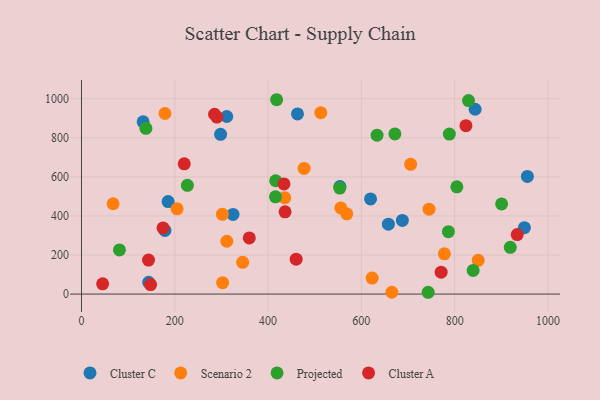
{"axis": {"x": "Price", "y": "Salary"}, "legend": ["Cluster A", "Cluster C", "Projected", "Scenario 2"], "data": [{"x": "144.1", "y": 59.9, "type": "Cluster C"}, {"x": "185.7", "y": 473.4, "type": "Cluster C"}, {"x": "619.7", "y": 487.4, "type": "Cluster C"}, {"x": "843.9", "y": 946.4, "type": "Cluster C"}, {"x": "687.9", "y": 377.3, "type": "Cluster C"}, {"x": "554.0", "y": 550.8, "type": "Cluster C"}, {"x": "132.1", "y": 882.1, "type": "Cluster C"}, {"x": "955.9", "y": 602.3, "type": "Cluster C"}, {"x": "298.2", "y": 817.9, "type": "Cluster C"}, {"x": "657.9", "y": 357.8, "type": "Cluster C"}, {"x": "178.9", "y": 326.0, "type": "Cluster C"}, {"x": "949.5", "y": 339.9, "type": "Cluster C"}, {"x": "311.4", "y": 909.2, "type": "Cluster C"}, {"x": "463.1", "y": 922.5, "type": "Cluster C"}, {"x": "324.9", "y": 408.0, "type": "Cluster C"}, {"x": "477.2", "y": 643.2, "type": "Scenario 2"}, {"x": "67.7", "y": 462.4, "type": "Scenario 2"}, {"x": "302.0", "y": 408.2, "type": "Scenario 2"}, {"x": "345.5", "y": 162.5, "type": "Scenario 2"}, {"x": "850.5", "y": 172.9, "type": "Scenario 2"}, {"x": "179.0", "y": 924.6, "type": "Scenario 2"}, {"x": "568.7", "y": 411.0, "type": "Scenario 2"}, {"x": "555.9", "y": 441.2, "type": "Scenario 2"}, {"x": "204.9", "y": 436.5, "type": "Scenario 2"}, {"x": "302.6", "y": 58.6, "type": "Scenario 2"}, {"x": "665.4", "y": 9.4, "type": "Scenario 2"}, {"x": "778.0", "y": 206.1, "type": "Scenario 2"}, {"x": "435.8", "y": 493.2, "type": "Scenario 2"}, {"x": "705.7", "y": 664.2, "type": "Scenario 2"}, {"x": "623.1", "y": 82.0, "type": "Scenario 2"}, {"x": "311.5", "y": 270.5, "type": "Scenario 2"}, {"x": "513.0", "y": 929.0, "type": "Scenario 2"}, {"x": "745.1", "y": 434.9, "type": "Scenario 2"}, {"x": "671.9", "y": 820.1, "type": "Projected"}, {"x": "743.2", "y": 9.2, "type": "Projected"}, {"x": "919.2", "y": 239.3, "type": "Projected"}, {"x": "900.7", "y": 461.5, "type": "Projected"}, {"x": "633.6", "y": 813.6, "type": "Projected"}, {"x": "788.6", "y": 819.3, "type": "Projected"}, {"x": "804.7", "y": 549.2, "type": "Projected"}, {"x": "415.9", "y": 497.9, "type": "Projected"}, {"x": "829.7", "y": 990.8, "type": "Projected"}, {"x": "416.3", "y": 580.2, "type": "Projected"}, {"x": "227.0", "y": 556.9, "type": "Projected"}, {"x": "418.3", "y": 995.2, "type": "Projected"}, {"x": "81.4", "y": 225.9, "type": "Projected"}, {"x": "786.6", "y": 319.5, "type": "Projected"}, {"x": "138.1", "y": 848.7, "type": "Projected"}, {"x": "553.7", "y": 542.9, "type": "Projected"}, {"x": "839.6", "y": 121.1, "type": "Projected"}, {"x": "174.8", "y": 338.8, "type": "Cluster A"}, {"x": "771.0", "y": 111.9, "type": "Cluster A"}, {"x": "220.3", "y": 667.0, "type": "Cluster A"}, {"x": "434.1", "y": 563.9, "type": "Cluster A"}, {"x": "143.7", "y": 173.9, "type": "Cluster A"}, {"x": "285.2", "y": 920.7, "type": "Cluster A"}, {"x": "934.1", "y": 304.7, "type": "Cluster A"}, {"x": "290.2", "y": 906.3, "type": "Cluster A"}, {"x": "148.1", "y": 48.8, "type": "Cluster A"}, {"x": "45.3", "y": 52.3, "type": "Cluster A"}, {"x": "824.2", "y": 862.5, "type": "Cluster A"}, {"x": "359.7", "y": 287.7, "type": "Cluster A"}, {"x": "436.4", "y": 421.4, "type": "Cluster A"}, {"x": "460.2", "y": 178.6, "type": "Cluster A"}]}